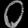
Digit: ၀